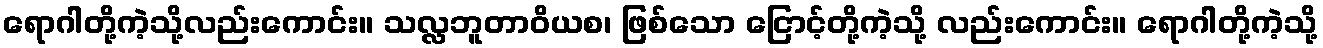
ရောဂါတို့ကဲ့သို့လည်းကောင်း။ သလ္လဘူတာဝိယစ၊ ဖြစ်သော ငြောင့်တို့ကဲ့သို့ လည်းကောင်း။ ရောဂါတို့ကဲ့သို့